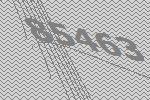
85463